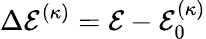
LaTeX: \Delta\mathcal{E}^{(\kappa)}=\mathcal{E}-\mathcal{E}_{0}^{(\kappa)}